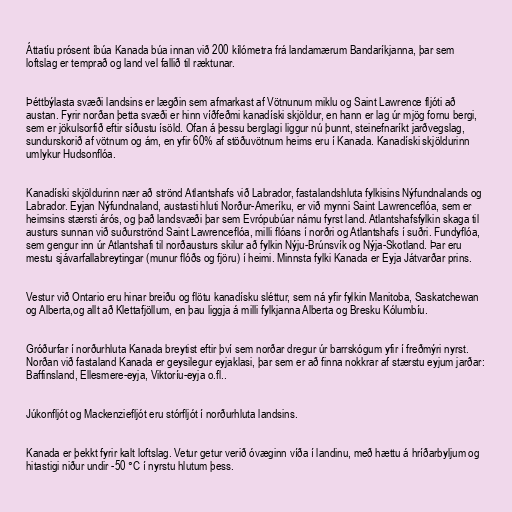
Áttatíu prósent íbúa Kanada búa innan við 200 kílómetra frá landamærum Bandaríkjanna, þar sem
loftslag er temprað og land vel fallið til ræktunar.

Þéttbýlasta svæði landsins er lægðin sem afmarkast af Vötnunum miklu og Saint Lawrence fljóti að
austan. Fyrir norðan þetta svæði er hinn víðfeðmi kanadíski skjöldur, en hann er lag úr mjög fornu bergi,
sem er jökulsorfið eftir síðustu ísöld. Ofan á þessu berglagi liggur nú þunnt, steinefnaríkt jarðvegslag,
sundurskorið af vötnum og ám, en yfir 60% af stöðuvötnum heims eru í Kanada. Kanadíski skjöldurinn
umlykur Hudsonflóa.

Kanadíski skjöldurinn nær að strönd Atlantshafs við Labrador, fastalandshluta fylkisins Nýfundnalands og
Labrador. Eyjan Nýfundnaland, austasti hluti Norður-Ameríku, er við mynni Saint Lawrenceflóa, sem er
heimsins stærsti árós, og það landsvæði þar sem Evrópubúar námu fyrst land. Atlantshafsfylkin skaga til
austurs sunnan við suðurströnd Saint Lawrenceflóa, milli flóans í norðri og Atlantshafs í suðri. Fundyflóa,
sem gengur inn úr Atlantshafi til norðausturs skilur að fylkin Nýju-Brúnsvík og Nýja-Skotland. Þar eru
mestu sjávarfallabreytingar (munur flóðs og fjöru) í heimi. Minnsta fylki Kanada er Eyja Játvarðar prins.

Vestur við Ontario eru hinar breiðu og flötu kanadísku sléttur, sem ná yfir fylkin Manitoba, Saskatchewan
og Alberta,og allt að Klettafjöllum, en þau liggja á milli fylkjanna Alberta og Bresku Kólumbíu.

Gróðurfar í norðurhluta Kanada breytist eftir því sem norðar dregur úr barrskógum yfir í freðmýri nyrst.
Norðan við fastaland Kanada er geysilegur eyjaklasi, þar sem er að finna nokkrar af stærstu eyjum jarðar:
Baffinsland, Ellesmere-eyja, Viktoríu-eyja o.fl..

Júkonfljót og Mackenziefljót eru stórfljót í norðurhluta landsins.

Kanada er þekkt fyrir kalt loftslag. Vetur getur verið óvæginn víða í landinu, með hættu á hríðarbyljum og
hitastigi niður undir -50 °C í nyrstu hlutum þess.